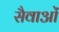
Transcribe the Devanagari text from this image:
सैवाओं